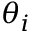
\theta _ { i }